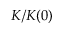
{ K } / { K ( 0 ) }